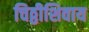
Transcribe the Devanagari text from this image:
चिठ्ठीशिवाय